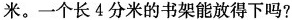
米。一个长4分米的书架能放得下吗?